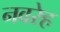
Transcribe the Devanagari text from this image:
नवरेह